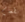
بطعام